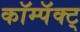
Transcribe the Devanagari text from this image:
कॉम्पॅक्ट्